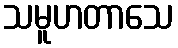
သမူဟတာသေ